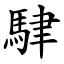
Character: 䮇